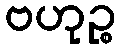
ဗဟုဉ္စ